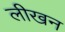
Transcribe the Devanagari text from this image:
लीखन